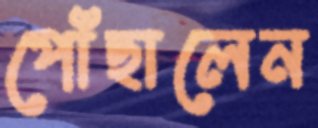
পোঁছালেন